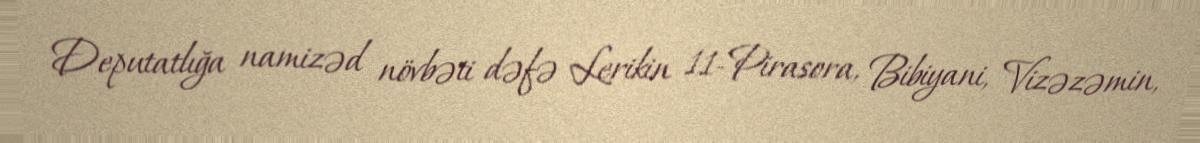
Deputatlığa namizəd növbəti dəfə Lerikin 11-Pirasora, Bibiyani, Vizəzəmin,